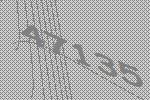
47135